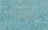
تخرجت